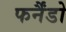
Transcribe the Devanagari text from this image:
फर्नैंडो